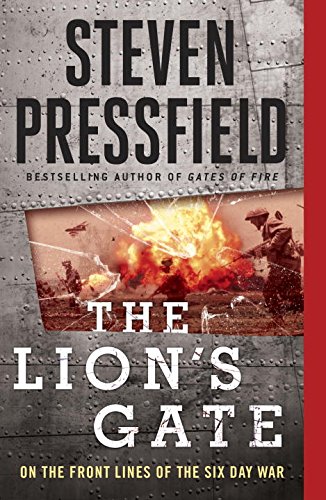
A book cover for The Lion's Gate: On the Front Lines of the Six Day War; Steven Pressfield; History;